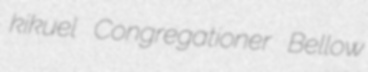
kikuel Congregationer Bellow